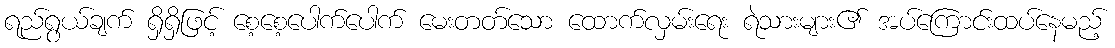
ရည်ရွယ်ချက် ရှိရှိဖြင့် စေ့စေ့ပေါက်ပေါက် မေးတတ်သော ထောက်လှမ်းရေး ရဲသားများ၏ အပ်ကြောင်းထပ်နေမည့်